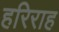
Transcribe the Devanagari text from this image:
हरिराह